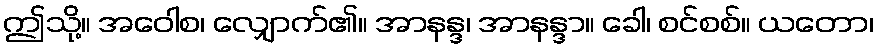
ဤသို့။ အဝေါစ၊ လျှောက်၏။ အာနန္ဒ၊ အာနန္ဒာ။ ခေါ၊ စင်စစ်။ ယတော၊